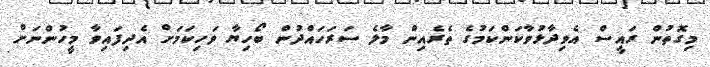
މިގޮތުން ރައީސް އެވިދާޅުވާކަންކަމުގެ ތެރެއިން މާލެ ސަރަހައްދުން ބޯހިޔާ ވަހިކަމަށް އެދިފައިވާ މީހުންނަށް